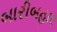
બારીબહાર